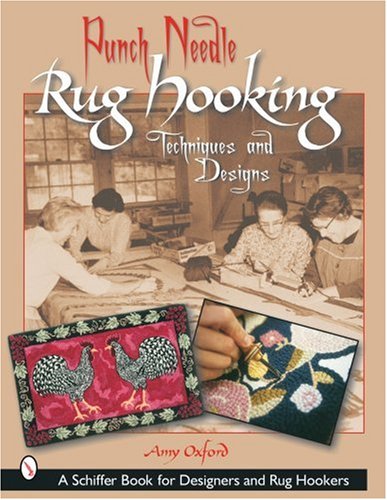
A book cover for Punch Needle Rug Hooking: Techniques and Designs (Schiffer Book for Designers and Rug Hookers); Amy Oxford; Crafts, Hobbies & Home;